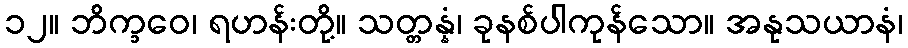
၁၂။ ဘိက္ခဝေ၊ ရဟန်းတို့။ သတ္တန္နံ၊ ခုနစ်ပါကုန်သော။ အနုသယာနံ၊